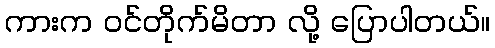
ကားက ဝင်တိုက်မိတာ လို့ ပြောပါတယ်။